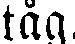
tåg.